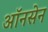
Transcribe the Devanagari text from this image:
ऑनसेन